画像に写った文字を読んでください
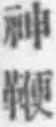
「神鞭」と書いてあります